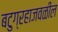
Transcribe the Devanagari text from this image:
बटुग्रहाजवळील